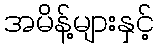
အမိန့်များနှင့်